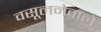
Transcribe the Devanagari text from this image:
वसूलनेवाले